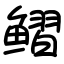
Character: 鳛